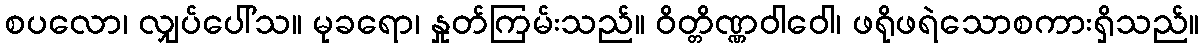
စပလော၊ လျှပ်ပေါ်သ။ မုခရော၊ နှုတ်ကြမ်းသည်။ ဝိတ္တိဏ္ဏဝါဝေါ၊ ဖရိုဖရဲသောစကားရှိသည်။